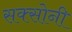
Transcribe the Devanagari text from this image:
सक्सोनी